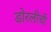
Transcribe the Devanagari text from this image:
डोरलीची